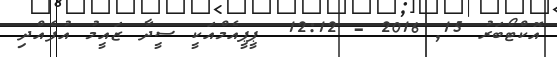
އޮކްޓޯބަރު 15